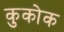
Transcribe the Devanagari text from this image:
कुकोक